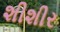
શીશીર